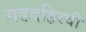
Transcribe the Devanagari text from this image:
गडदहिरवी